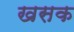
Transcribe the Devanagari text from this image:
खसक